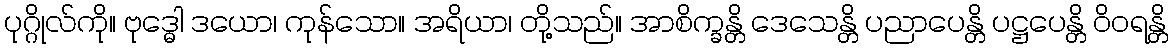
ပုဂ္ဂိုလ်ကို။ ဗုဒ္ဓေါ ဒယော၊ ကုန်သော။ အရိယာ၊ တို့သည်။ အာစိက္ခန္တိ ဒေသေန္တိ ပညာပေန္တိ ပဋ္ဌပေန္တိ ဝိဝရန္တိ